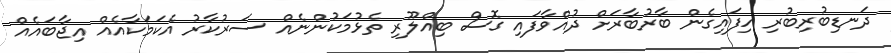
ދަނޑިބުރިބުރި ހިފައިގެން ބާރުބާރަށް ދުއްވާފައި ގޮސް ބިއްލޫރި ތެޅުމަކުންނެއް ސަރުކާރު އެކަމަކާއެއް އިޖާބައެއް